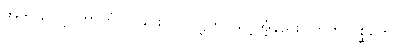
အဘယ်သို့။ ကာတုံ၊ ပြုခြင်းငှာ။ ဝဋ္ဋတိ၊ သင့်အံ့နည်း။ ဣတိ ပုစ္ဆိတေ၊